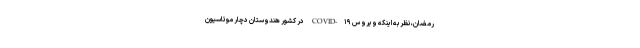
رمضان، نظر به اینکه ویروس COVID-۱۹ در کشور هندوستان دچار موتاسیون